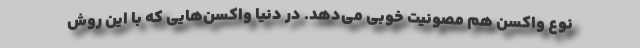
نوع واکسن هم مصونیت خوبی می‌دهد. در دنیا واکسن‌هایی که با این روش